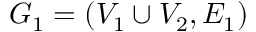
G _ { 1 } = ( V _ { 1 } \cup V _ { 2 } , E _ { 1 } )